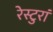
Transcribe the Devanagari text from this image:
रेस्टुरां